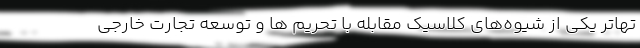
تهاتر یکی از شیوه‌های کلاسیک مقابله با تحریم ها و توسعه تجارت خارجی